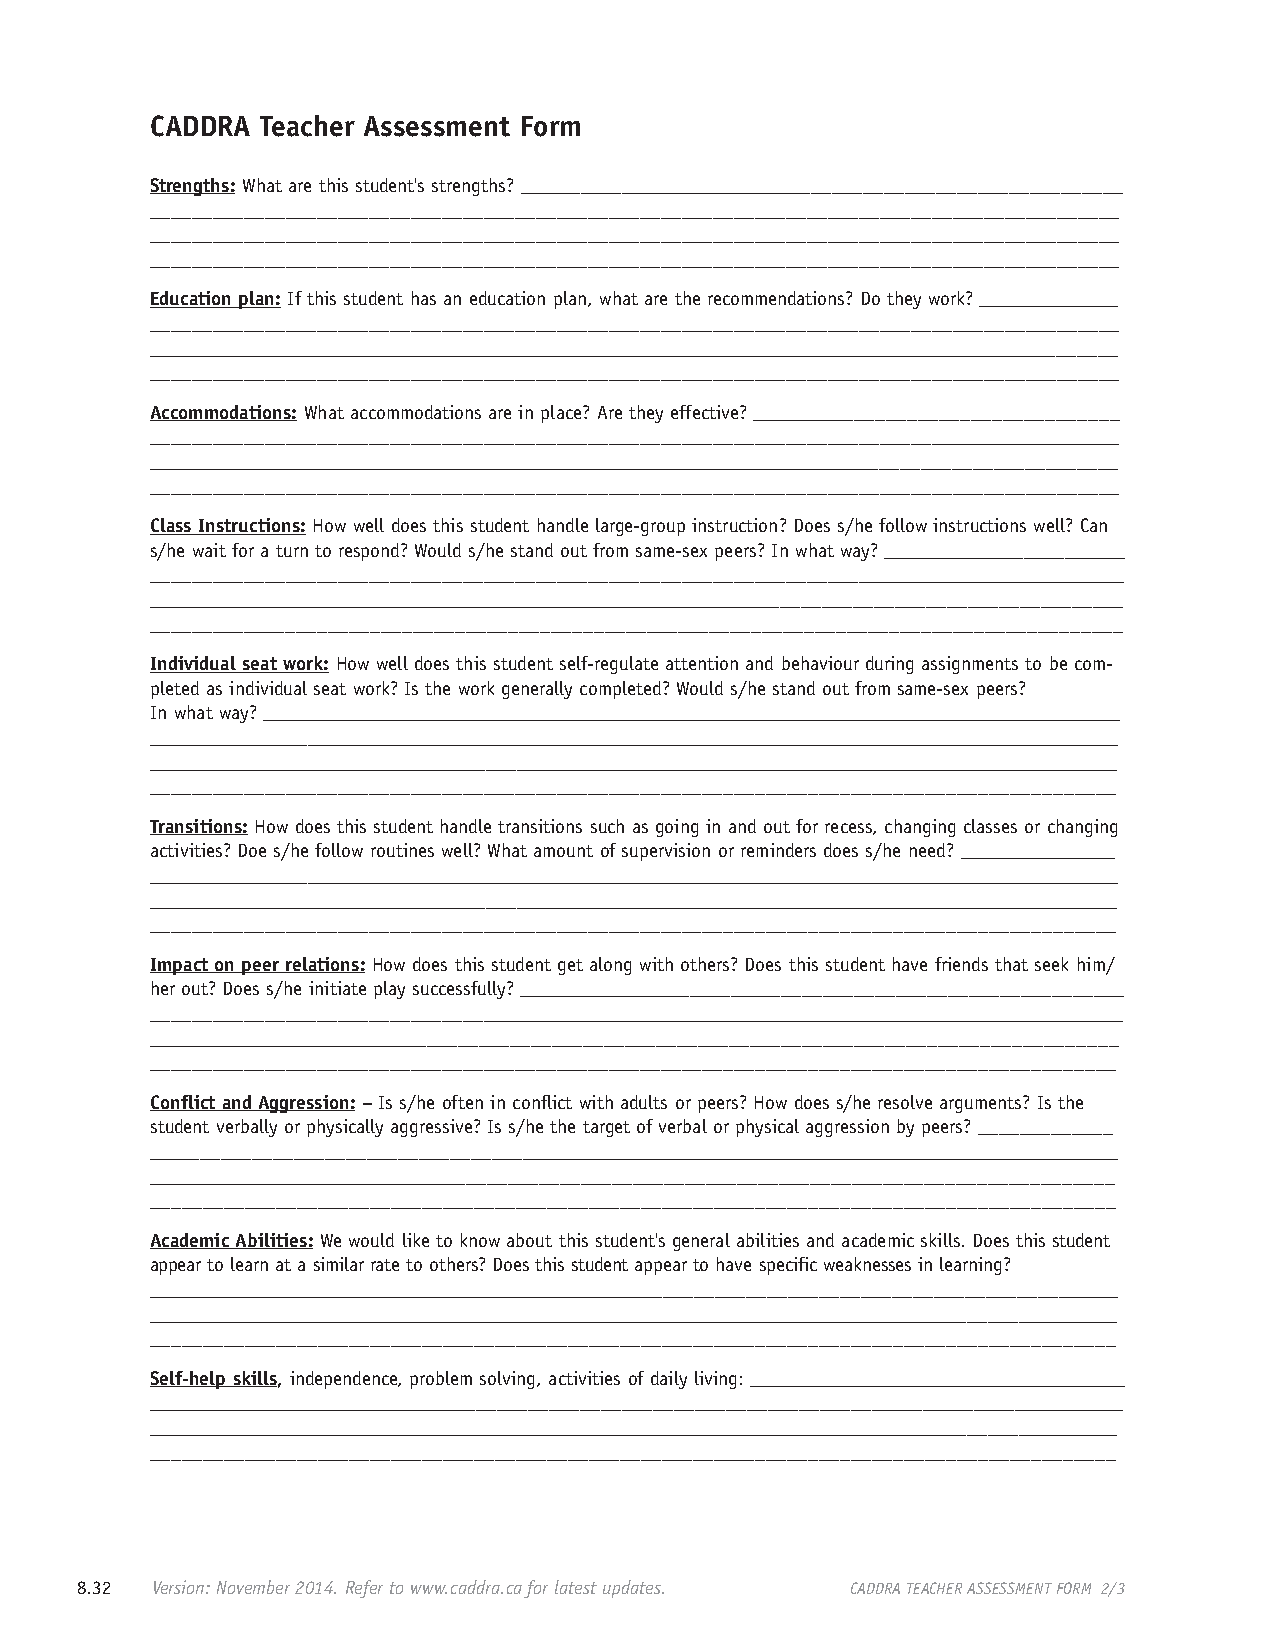
CADDRA Teacher Assessment Form
 Strengths: What are this student's strengths? ___________________________________________________________
 _____________________________________________________________________________________________
 _____________________________________________________________________________________________
 _____________________________________________________________________________________________
 Education plan: If this student has an education plan, what are the recommendations? Do they work? ______________
 _____________________________________________________________________________________________
 __________________________________________________________________________________________________
 _____________________________________________________________________________________________
 Accommodations: What accommodations are in place? Are they effective? ___________________________________
 ______________________________________________________________________________________________
 _________________________________________________________________________________________________
 _____________________________________________________________________________________________
 Class Instructions: How well does this student handle large-group instruction? Does s/he follow instructions well? Can
 s/he wait for a turn to respond? Would s/he stand out from same-sex peers? In what way? ________________________
 _______________________________________________________________________________________________
 _________________________________________________________________________________________________
 ____________________________________________________________________________________________
 Individual seat work: How well does this student self-regulate attention and behaviour during assignments to be com-
 pleted as individual seat work? Is the work generally completed? Would s/he stand out from same-sex peers?
 In what way? _______________________________________________________________________________________
 __________________________________________________________________________________________________
 __________________________________________________________________________________________________
 ____________________________________________________________________________________________
 Transitions: How does this student handle transitions such as going in and out for recess, changing classes or changing
 activities? Doe s/he follow routines well? What amount of supervision or reminders does s/he need? ________________
 __________________________________________________________________________________________________
 __________________________________________________________________________________________________
 ____________________________________________________________________________________________
 Impact on peer relations: How does this student get along with others? Does this student have friends that seek him/
 her out? Does s/he initiate play successfully? ___________________________________________________________
 _________________________________________________________________________________________________
 ______________________________________________________________________________________________
 ____________________________________________________________________________________________
 Conflict and Aggression: – Is s/he often in conflict with adults or peers? How does s/he resolve arguments? Is the
 student verbally or physically aggressive? Is s/he the target of verbal or physical aggression by peers? _____________
 _________________________________________________________________________________________________
 ______________________________________________________________________________________________
 ____________________________________________________________________________________________
 Academic Abilities: We would like to know about this student's general abilities and academic skills. Does this student
 appear to learn at a similar rate to others? Does this student appear to have specific weaknesses in learning?
 ________________________________________________________________________________________________
 __________________________________________________________________________________________________
 ____________________________________________________________________________________________
 Self-help skills, independence, problem solving, activities of daily living: ______________________________________
 ________________________________________________________________________________________________
 __________________________________________________________________________________________________
 ____________________________________________________________________________________________
 8.32 Version: November 2014. Refer to www.caddra.ca for latest updates. CADDRA TEACHER ASSESSMENT FORM 2/3